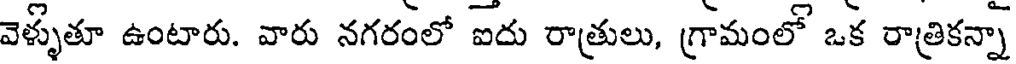
వెళ్ళుతూ ఉంటారు. వారు నగరంలో ఐదు రాత్రులు, గ్రామంలో ఒక రాత్రికన్నా